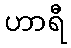
ဟာရီ